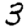
Digit: 3